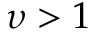
\upsilon > 1